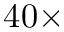
4 0 \times